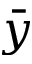
\bar { y }